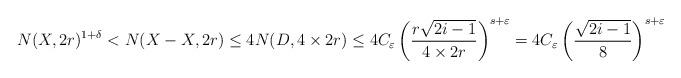
LaTeX: \begin{align*}N(X, 2r)^{1+\delta} < N(X-X, 2r) \le 4N(D, 4\times 2r) \le 4 C_\varepsilon \left(\frac{r\sqrt{2i-1}}{4\times 2r}\right)^{s+\varepsilon}=4C_\varepsilon \left( \frac{\sqrt{2i-1}}{8}\right)^{s+\varepsilon}\end{align*}